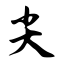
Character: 尖